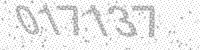
Solution: 017137